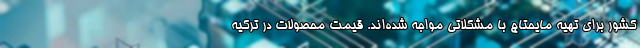
کشور برای تهیه مایحتاج با مشکلاتی مواجه شده‌اند. قیمت محصولات در ترکیه